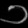
Digit: ၁